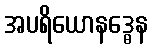
အပရိယောနဒ္ဓေန